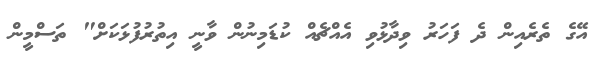
އޭގެ ތެރެއިން ދެ ފަހަރު ވިދާޅުވި އެއްޗެއް ކުޑަމިނުން ވާނީ އިތުރުފުޅަކަށް" ތަސްމީން